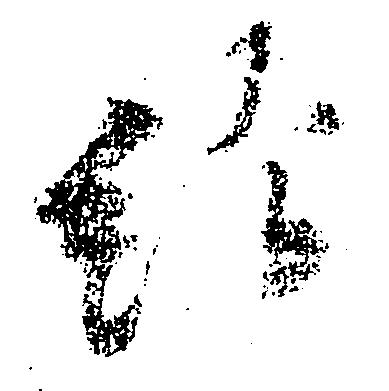
給